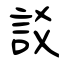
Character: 訤